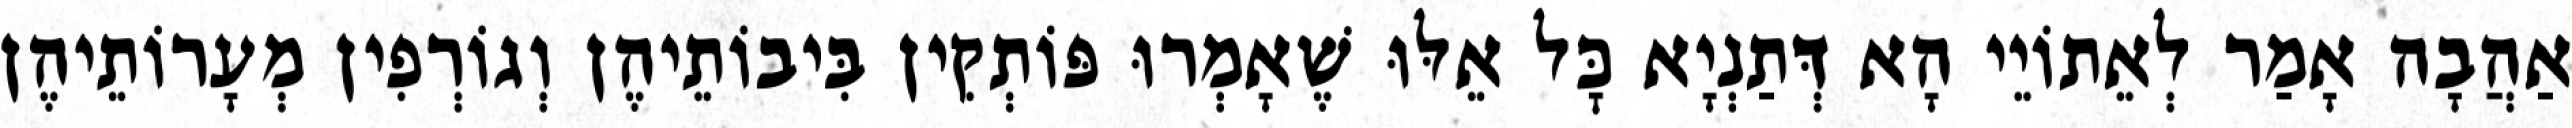
אַהֲבָה אָמַר לְאֵתוֹיֵי הָא דְּתַנְיָא כׇּל אֵלּוּ שֶׁאָמְרוּ פּוֹתְקִין בִּיבוֹתֵיהֶן וְגוֹרְפִין מְעָרוֹתֵיהֶן